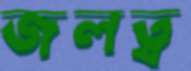
জলত্ব